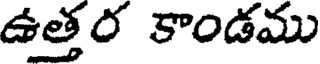
ఉత్తర కాండము